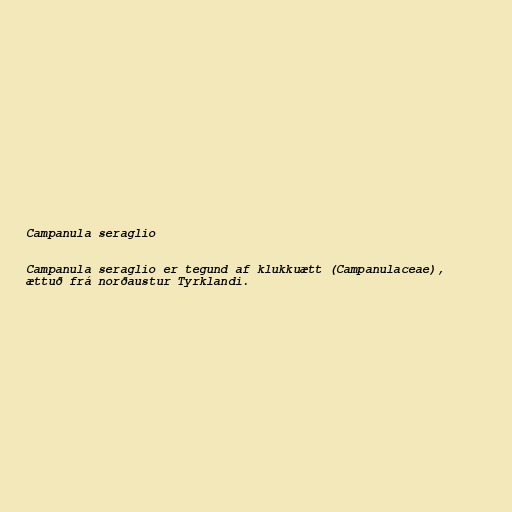
Campanula seraglio

Campanula seraglio er tegund af klukkuætt (Campanulaceae),
ættuð frá norðaustur Tyrklandi.